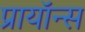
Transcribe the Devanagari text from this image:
प्रायॉन्स